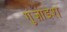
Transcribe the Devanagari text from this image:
गुंज़ाइश